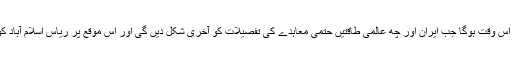
وزیراعظم کا ریاض کا دورہ اس وقت ہوگا جب ایران اور چھ عالمی طاقتیں حتمی معاہدے کی تفصیلات کو آخری شکل دیں گی اور اس موقع پر ریاس اسلام آباد کو اپنی جانب دیکھنا چاہتا ہے۔